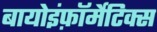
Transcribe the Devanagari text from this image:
बायोइंफ़ॉर्मेटिक्स